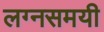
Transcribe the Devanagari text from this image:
लग्नसमयी